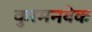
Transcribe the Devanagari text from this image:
कुरमनबेक